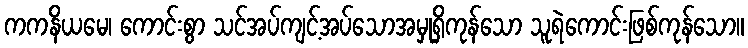
ကကနိယမေ၊ ကောင်းစွာ သင်အပ်ကျင့်အပ်သောအမှုရှိကုန်သော သူရဲကောင်းဖြစ်ကုန်သော။